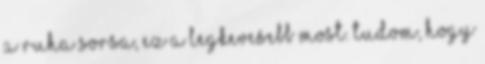
a ruha sorsa, ez a legkevesebb most. Tudom, hogy